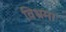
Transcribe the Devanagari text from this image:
विभ्रमा